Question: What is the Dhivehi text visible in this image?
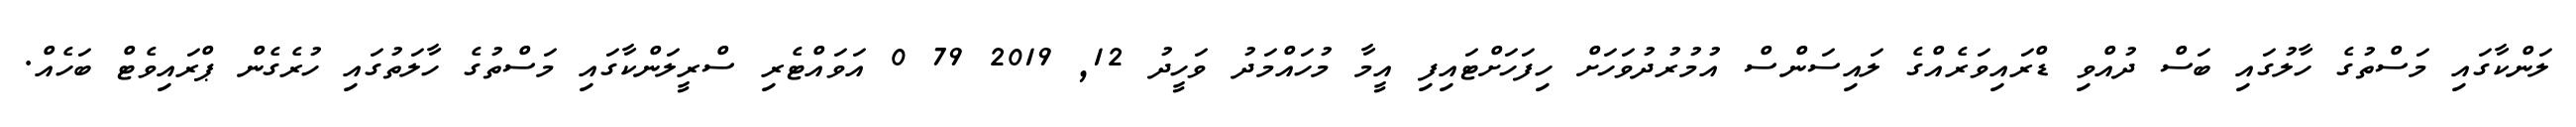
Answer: ލަންކާގައި މަސްތުގެ ހާލުގައި ބަސް ދުއްވި ޑްރައިވަރެއްގެ ލައިސަންސް އުމުރުދުވަހަށް ހިފަހަށްޓައިފި އީމާ މުހައްމަދު ވަހީދު 12, 2019 79 0 އަވައްޓެރި ސްރީލަންކާގައި މަސްތުގެ ހާލަތުގައި ހުރެގެން ޕްރައިވެޓް ބަހެއް.